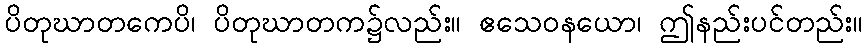
ပိတုဃာတကေပိ၊ ပိတုဃာတက၌လည်း။ ဧသေဝနယော၊ ဤနည်းပင်တည်း။